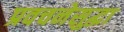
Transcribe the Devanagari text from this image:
प्रवचनेसुद्धा